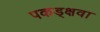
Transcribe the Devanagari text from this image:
पकड्क्षवा